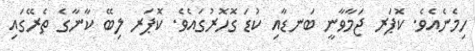
ހިމެނެއެވެ. ކޮޕަރ ޖަމާވާނީ ބަނޑާއި ކުޑަ ގޮހޮރުގައެވެ. ކޮޕަރ ލިބޭ ކާނާގެ ތެރޭގައި